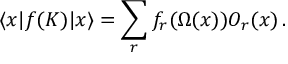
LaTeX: \langle x | f ( K ) | x \rangle = \sum _ { r } f _ { r } ( \Omega ( x ) ) { \cal O } _ { r } ( x ) \, .